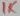
Text: 1K